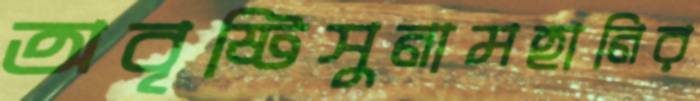
অবৃষ্টিসুনামহানির